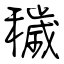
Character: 穢